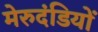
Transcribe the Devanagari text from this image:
मेरुदंडियों